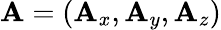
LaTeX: \mathbf{A}=(\mathbf{A}_{x},\mathbf{A}_{y},\mathbf{A}_{z})